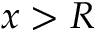
x > R